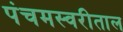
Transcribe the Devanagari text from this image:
पंचमस्वरीताल